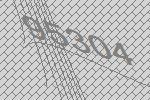
95304